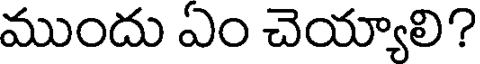
ముందు ఏం చెయ్యాలి?